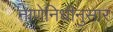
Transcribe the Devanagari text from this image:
नाणेनिधीनुसार